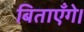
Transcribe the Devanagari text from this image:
बिताएँगे।